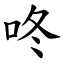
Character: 咚